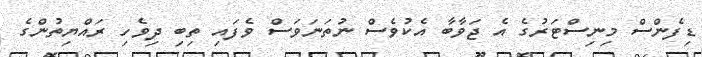
ޑިފެންސް މިނިސްޓަރުގެ އެ ޖަވާބާ އެކުވެސް ނުތަނަވަސް ވެފައި ތިބި ދިވެހި ރައްޔިތުންގެ